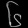
Digit: ၆